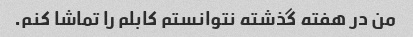
من در هفته گذشته نتوانستم کابلم را تماشا کنم.